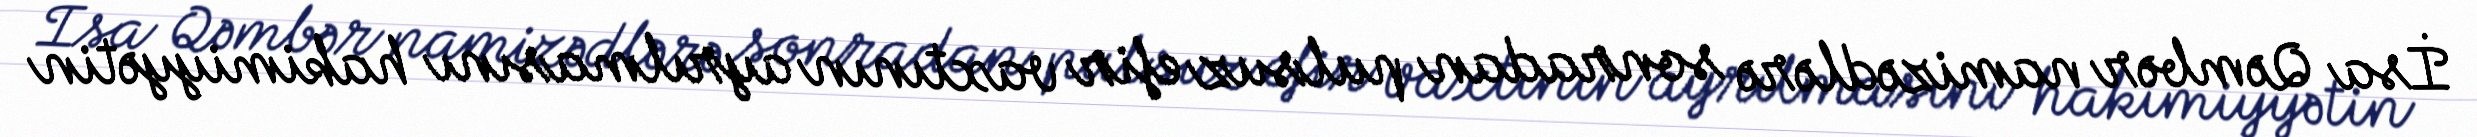
İsa Qəmbər namizədlərə sonradan pulsuz efir vaxtının ayrılmasını hakimiyyətin